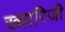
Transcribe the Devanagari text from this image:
ख्वारिजी